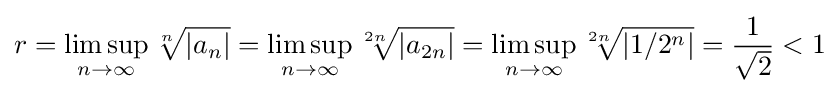
r=\limsup _{n\to \infty }{\sqrt[{n}]{|a_{n}|}}=\limsup _{n\to \infty }{\sqrt[{2n}]{|a_{2n}|}}=\limsup _{n\to \infty }{\sqrt[{2n}]{|1/2^{n}|}}={\frac {1}{\sqrt {2}}}<1